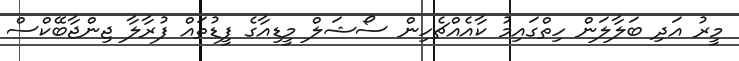
މީރު އަދި ބަލާލަން ހިތްގައިމު ކާއެއްޗެހިން ސޯޝަލް މީޑިއާގެ ފީޑުތައް ފުރާލާ ޖިންޖާބޭކްސް